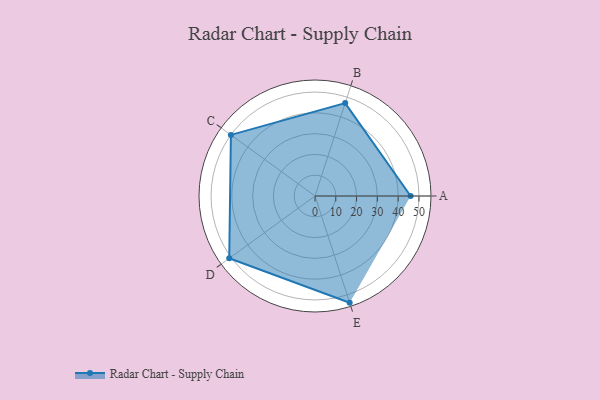
{"axis": {"x": "Skill", "y": "Score"}, "legend": ["Profile"], "data": [{"x": "A", "y": 46.0, "type": "Profile"}, {"x": "B", "y": 47.0, "type": "Profile"}, {"x": "C", "y": 50.0, "type": "Profile"}, {"x": "D", "y": 51.0, "type": "Profile"}, {"x": "E", "y": 54.0, "type": "Profile"}]}